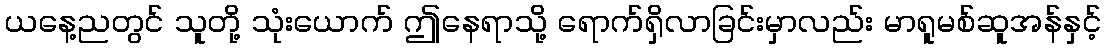
ယနေ့ညတွင် သူတို့ သုံးယောက် ဤနေရာသို့ ရောက်ရှိလာခြင်းမှာလည်း မာရူမစ်ဆူအန်နှင့်